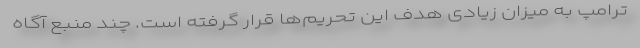
ترامپ به میزان زیادی هدف این تحریم‌ها قرار گرفته است. چند منبع آگاه